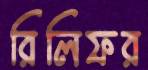
রিলিফর